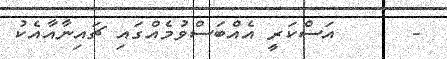
-      އަސްކަރީ އެއްބަސްވުމެއްގައި ޗައިނާއާއެކު